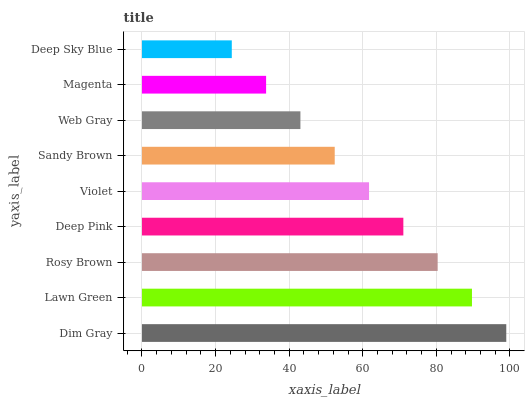
| yaxis_label | bars |
 | --- | --- |
 | Dim Gray | 99 |
 | Lawn Green | 89.7 |
 | Rosy Brown | 80.4 |
 | Deep Pink | 71 |
 | Violet | 61.7 |
 | Sandy Brown | 52.4 |
 | Web Gray | 43.1 |
 | Magenta | 33.7 |
 | Deep Sky Blue | 24.4 |